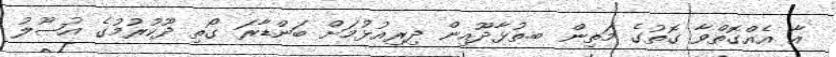
އާ އެއްގޮތްވާ ގޮތުގެ މަތިން ބ.ތުޅާދޫއިން ދިރިއުޅުމަށް ބަންޑާރަ ގޯތި ދޫކުރުމުގެ އުޞޫލު